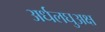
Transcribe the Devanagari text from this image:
अर्धलघुअक्ष